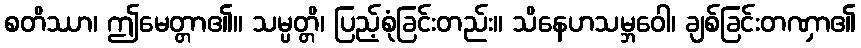
စတိဿာ၊ ဤမေတ္တာ၏။ သမ္ပတ္တိ၊ ပြည့်စုံခြင်းတည်း။ သိနေဟသမ္ဘဝေါ၊ ချစ်ခြင်းတဏှာ၏